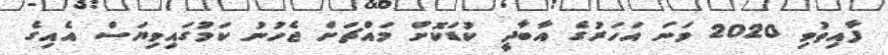
ފާއިތުވި 2020 ވަނަ އަހަރުގެ އާބާދީ ކުޑަކޮށް މައްޗަށް ޖެހުނު ކަމުގައިވިޔަސް އެއިގެ